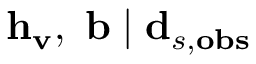
\mathbf { h } _ { \mathbf { v } } , \ \mathbf { b } \mid \mathbf { d } _ { s , \mathbf { o b s } }